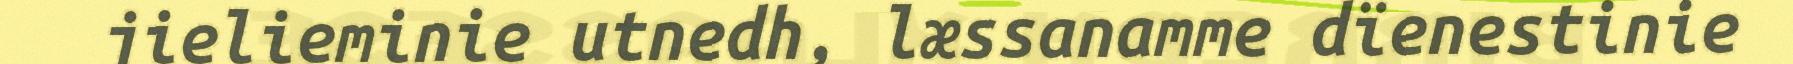
jielieminie utnedh, læssanamme dïenestinie